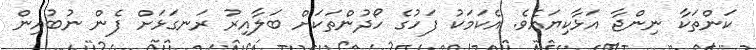
ކަންތަކާ ނިންޖާ އަޅާކިޔައެވެ. އެކަމަކު ފަހުގެ ހޯދުންތަކަށް ބަލާއިރު ރަނގަޅަށް ފެން ނުބުއިން